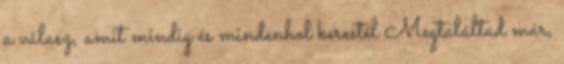
a válasz, amit mindig és mindenhol kerestél Megtaláltad már,